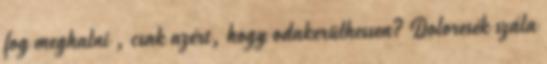
fog meghalni , csak azért, hogy odakerülhessen? Doloresék szála